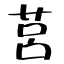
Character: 莒